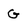
Character: G